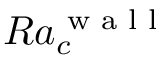
R a _ { c } ^ { \textrm { w a l l } }